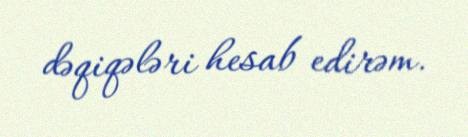
dəqiqələri hesab edirəm.